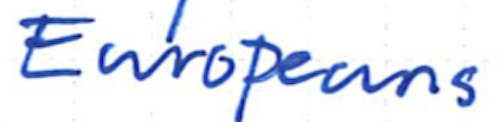
Text: Europeans
Cross-out: clean
Writing tool: ballpoint